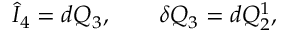
\hat { I } _ { 4 } = d Q _ { 3 } , \qquad \delta Q _ { 3 } = d Q _ { 2 } ^ { 1 } ,